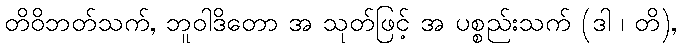
တိဝိဘတ်သက်, ဘူဝါဒိတော အ သုတ်ဖြင့် အ ပစ္စည်းသက် (ဒါ ၊ တိ),